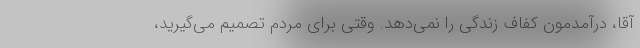
آقا، درآمدمون کفاف زندگی را نمی‌دهد. وقتی برای مردم تصمیم می‌گیرید،